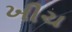
ખીચ